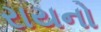
રાયનો